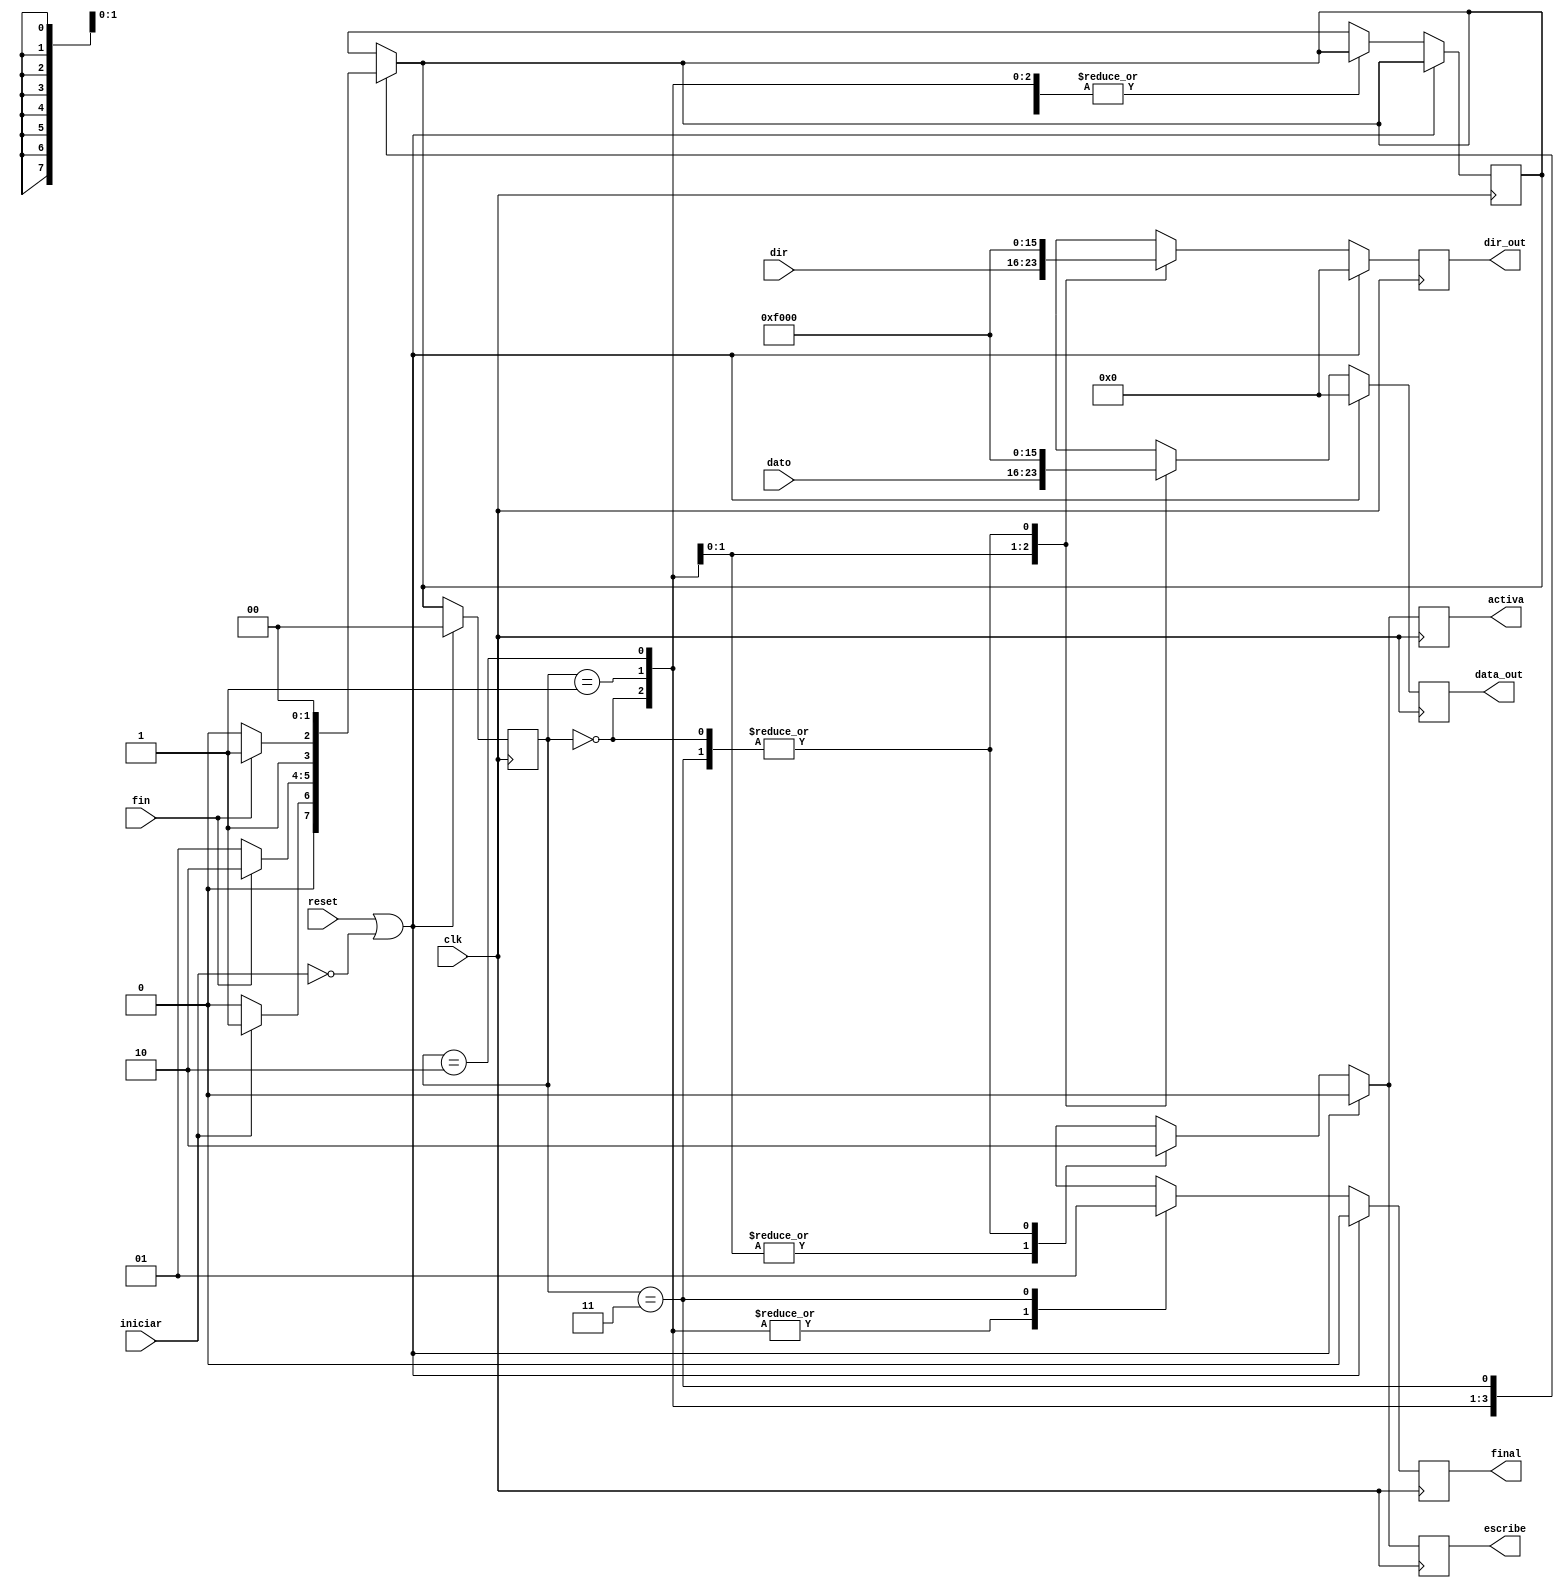
`timescale 1ns / 1ps
//////////////////////////////////////////////////////////////////////////////////
// Company: 
// Engineer: 
// 
// Design Name: 
// Module Name:    escritura 
// Project Name: 
// Target Devices: 
// Tool versions: 
// Description: 
//
// Dependencies: 
//
// Revision: 
// Revision 0.01 - File Created
// Additional Comments: 
//
//////////////////////////////////////////////////////////////////////////////////
module escritura(reset,clk,dir,dato,iniciar,fin,data_out,dir_out,escribe,final,activa);
//inicio input output
input reset;
input [7:0] dato;
input iniciar;
input [7:0] dir;
input clk;
input fin;
output [7:0] data_out;
output [7:0] dir_out;
output escribe;
output final;
output activa;
//fin input output
reg [7:0] data_out;
reg [7:0] dir_out;
reg escribe;
reg activa;
reg final;

//inicio variables y parametros internos

reg [1:0] state;
reg [1:0] next_state;

parameter [1:0] inicio = 2'b00;
parameter [1:0] write = 2'b01;
parameter [1:0] clk_transfer = 2'b10;
parameter [1:0] finalizar = 2'b11;

//logica de estado siguiente

always @(iniciar or fin or state)
begin
 next_state = 0;
 case (state)
  inicio:begin
          if (iniciar == 1'b1)
			  next_state = write;
			 else
			  next_state = inicio;
   end
  write:begin
          if (fin == 1'b1)
			  next_state = clk_transfer;
			 else
			  next_state = write;
   end
  clk_transfer:begin
          if (fin == 1'b1)
			  next_state = finalizar;
			 else
			  next_state = clk_transfer;
   end
  finalizar:begin
			  next_state = inicio;   
			end
  default:begin
          next_state = inicio;
   end
  endcase
end

//logica de salida

always @(posedge clk)
begin
 if (reset || ~iniciar)
 begin
  data_out <= 8'b0;
  dir_out <= 8'b0;
  escribe <= 1'b0;
  activa <= 1'b0;
  final <= 1'b0;
  state <= inicio;
 end
 else
 begin
  state <= next_state;
  case (state)
   inicio:begin
	        data_out <= 8'b0;
           dir_out <= 8'b0;
           escribe <= 1'b0;
           activa <= 1'b0;
           final <= 1'b0;
	 end
	write:begin
	        data_out <= dato;
           dir_out <= dir;
           escribe <= 1'b1;
           activa <= 1'b1;
           final <= 1'b0;
	 end
   clk_transfer:begin
	        data_out <= 8'hf0;
           dir_out <= 8'hf0;
           escribe <= 1'b1;
           activa <= 1'b1;
           final <= 1'b0;
	 end
   finalizar:begin
	        data_out <= 8'b0;
           dir_out <= 8'b0;
           escribe <= 1'b0;
           activa <= 1'b0;
           final <= 1'b1;
 	 end
	 default:begin
	        next_state = inicio;
	  end
	 endcase
 end
end


endmodule